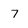
Character: 7